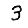
Digit: 3